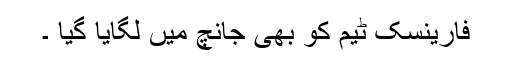
فارینسک ٹیم کو بھی جانچ میں لگایا گیا ۔